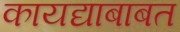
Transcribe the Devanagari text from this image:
कायद्याबाबत